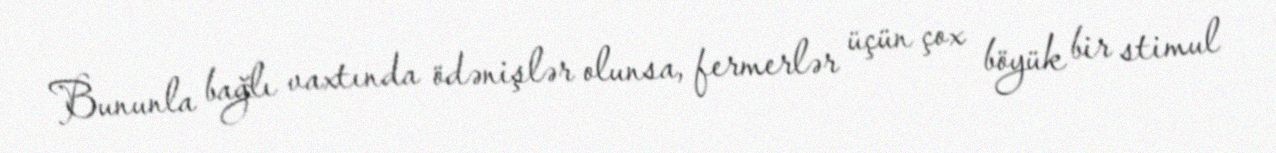
Bununla bağlı vaxtında ödənişlər olunsa, fermerlər üçün çox böyük bir stimul